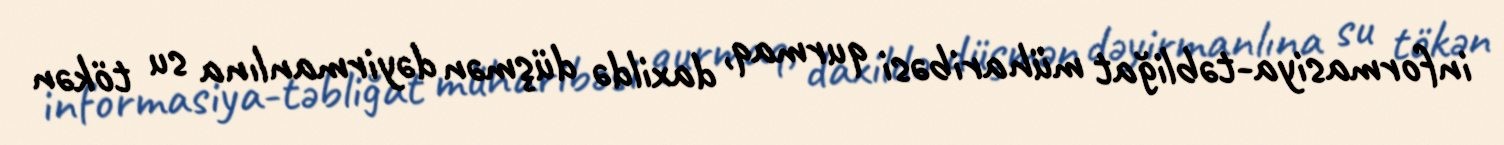
informasiya-təbliğat müharibəsi qurmaq, daxildə düşmən dəyirmanlına su tökən